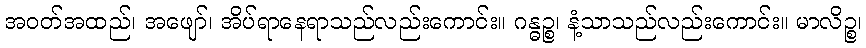
အဝတ်အထည်၊ အဖျော်၊ အိပ်ရာနေရာသည်လည်းကောင်း။ ဂန္ဓဉ္စ၊ နံ့သာသည်လည်းကောင်း။ မာလိဉ္စ၊